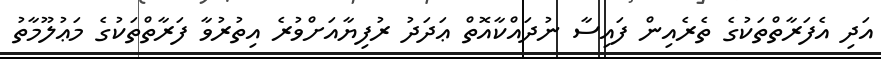
އަދި އެފަރާތްތަކުގެ ތެރެއިން ފައިސާ ނުދައްކާއޮތް ޢަދަދު ރުފިޔާއަށްވުރެ އިތުރުވާ ފަރާތްތަކުގެ މަޢުލޫމާތު